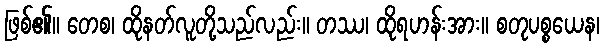
ဖြစ်၏။ တေစ၊ ထိုနတ်လူတို့သည်လည်း။ တဿ၊ ထိုရဟန်းအား။ စတုပစ္စယေန၊